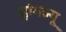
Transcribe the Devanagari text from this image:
ह्वांगज्यू